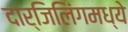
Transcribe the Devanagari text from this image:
दार्जिलिंगमध्ये